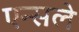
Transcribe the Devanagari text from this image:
एन्सले